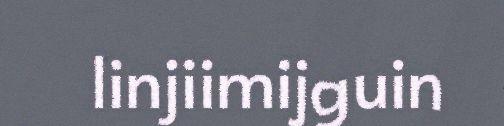
linjiimijguin